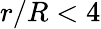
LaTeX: r/R<4